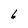
Character: 6